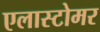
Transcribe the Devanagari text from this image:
एलास्टोमर